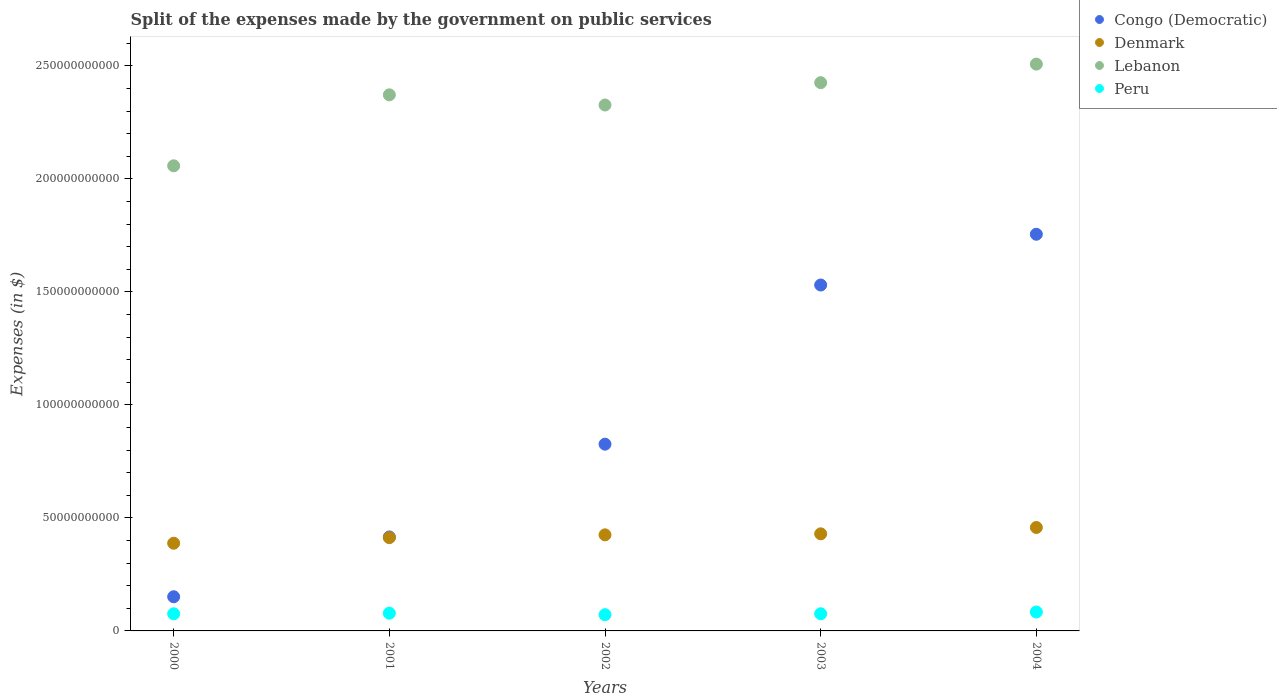
| Years | Congo (Democratic) | Denmark | Lebanon | Peru |
 | --- | --- | --- | --- | --- |
 | 2000 | 1.51e+10 | 3.88e+10 | 2.06e+11 | 7.58e+09 |
 | 2001 | 4.16e+10 | 4.13e+10 | 2.37e+11 | 7.84e+09 |
 | 2002 | 8.26e+10 | 4.25e+10 | 2.33e+11 | 7.19e+09 |
 | 2003 | 1.53e+11 | 4.3e+10 | 2.43e+11 | 7.59e+09 |
 | 2004 | 1.76e+11 | 4.58e+10 | 2.51e+11 | 8.37e+09 |